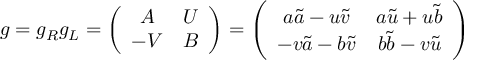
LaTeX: g = g _ { R } g _ { L } = \left( \begin{array} { c c } { { A } } & { { U } } \\ { { - V } } & { { B } } \end{array} \right) = \left( \begin{array} { c c } { { a \tilde { a } - u \tilde { v } } } & { { a \tilde { u } + u \tilde { b } } } \\ { { - v \tilde { a } - b \tilde { v } } } & { { b \tilde { b } - v \tilde { u } } } \end{array} \right)